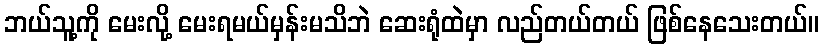
ဘယ်သူ့ကို မေးလို့ မေးရမယ်မှန်းမသိဘဲ ဆေးရုံထဲမှာ လည်တယ်တယ် ဖြစ်နေသေးတယ်။